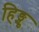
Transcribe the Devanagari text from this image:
हिङ्गु